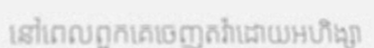
នៅពេលពួកគេចេញតវ៉ាដោយអហិង្សា